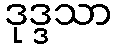
ဒုဒ္ဒသာ